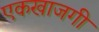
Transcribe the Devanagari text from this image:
एकखाजगी